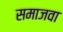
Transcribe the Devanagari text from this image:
समाजवा